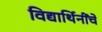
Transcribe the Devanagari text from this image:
विद्यार्थिनींचे